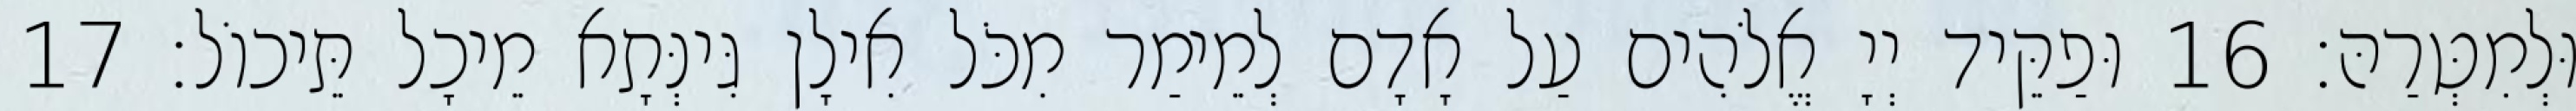
וּלְמִטְּרַהּ׃ 16 וּפַקֵּיד יְיָ אֱלֹהִים עַל אָדָם לְמֵימַר מִכֹּל אִילָן גִּינְּתָא מֵיכָל תֵּיכוֹל׃ 17